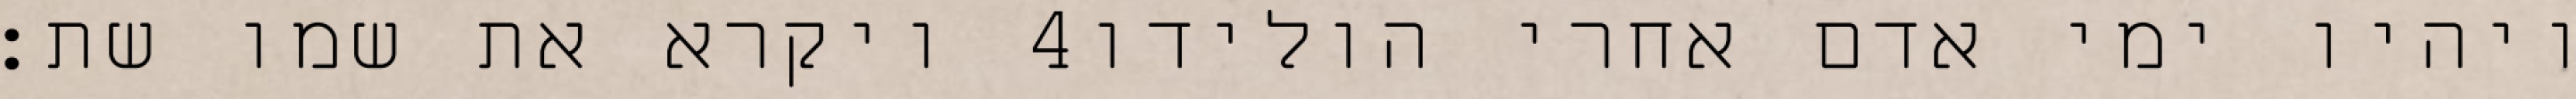
ויקרא את שמו שת׃ ‎4‏ ויהיו ימי אדם אחרי הולידו